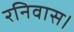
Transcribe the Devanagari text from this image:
रनिवास।